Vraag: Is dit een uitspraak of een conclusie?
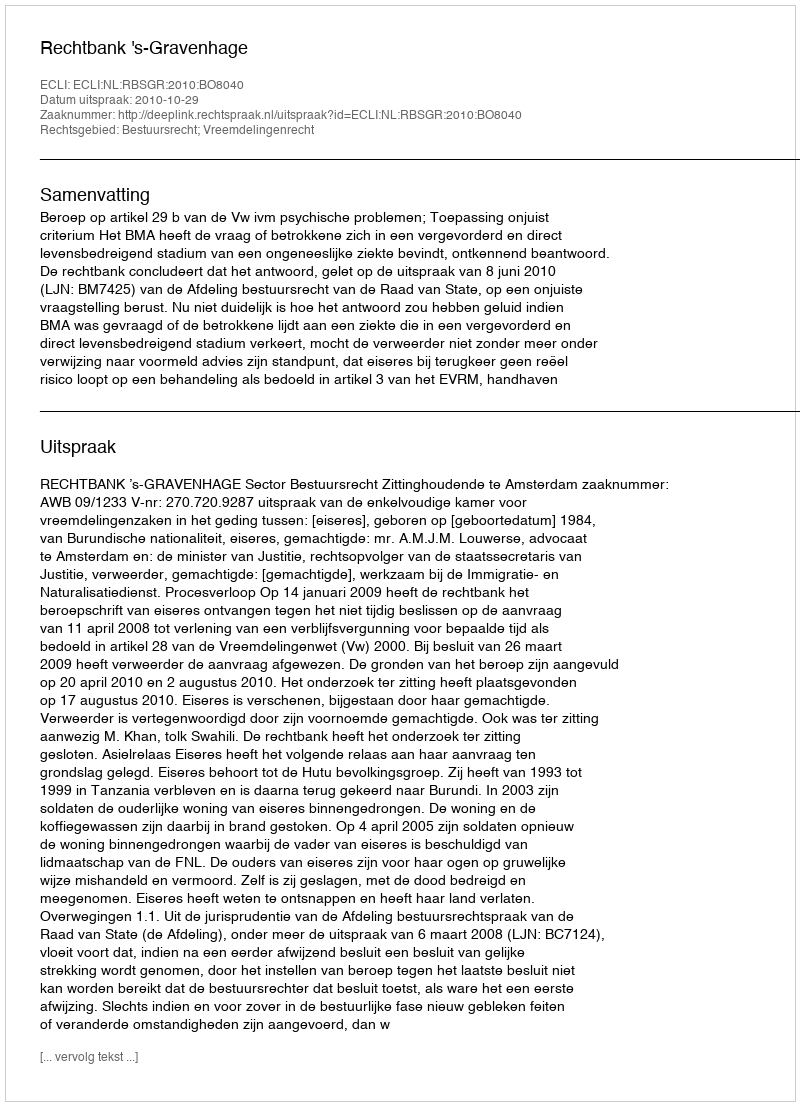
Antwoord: Uitspraak